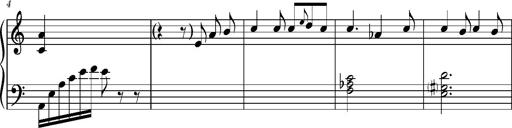
Title: Album-Leaf 'Serenade'
Composer: Franz Liszt
Key: A minor